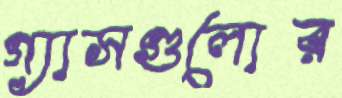
গ্যাসগুলোর